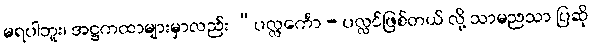
မရပါဘူး၊ အဋ္ဌကထာများမှာလည်း “ပလ္လင်္ကော - ပလ္လင်ဖြစ်တယ် လို့ သာမညသာ ပြဆို